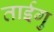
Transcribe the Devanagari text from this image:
ताईगु